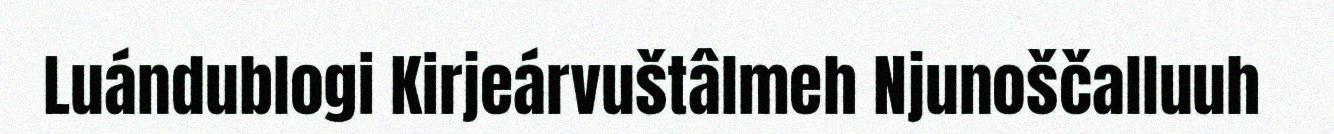
Luándublogi Kirjeárvuštâlmeh Njunoščalluuh